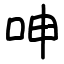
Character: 呻